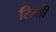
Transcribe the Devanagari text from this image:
रिस्ती